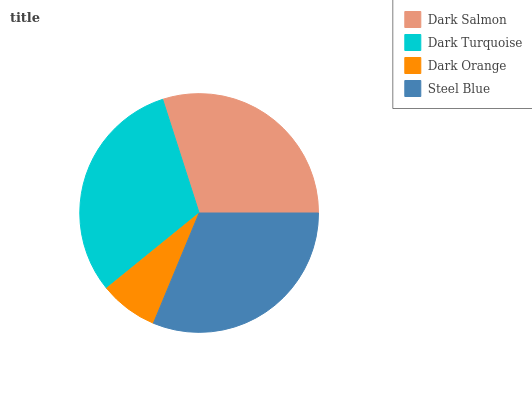
| Dark Salmon | Dark Turquoise | Dark Orange | Steel Blue |
 | --- | --- | --- | --- |
 | 30% | 30.9% | 7.9% | 31.2% |